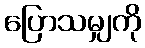
ပြောသမျှကို